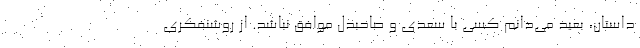
داستان، بعید می‌دانم کسی با سعدی و صاحبدل موافق نباشد. از روشنفکری